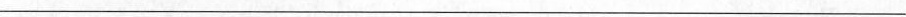
___